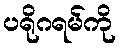
ပရိုဂရမ်ကို